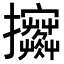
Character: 𢺦